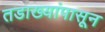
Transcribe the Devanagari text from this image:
तडाख्यांपासून